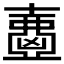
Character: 𡕂